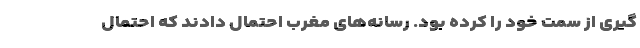
گیری از سمت خود را کرده بود. رسانه‌های مغرب احتمال دادند که احتمال